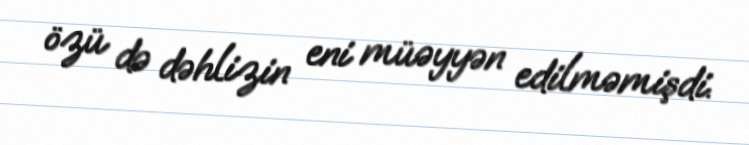
özü də dəhlizin eni müəyyən edilməmişdi.